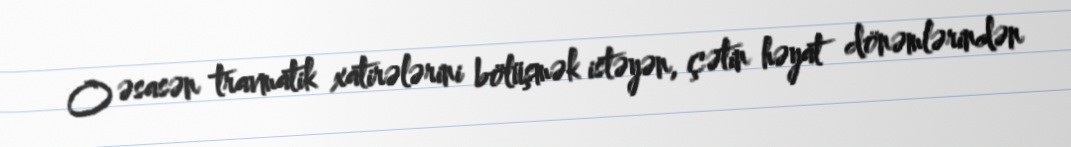
O əsasən travmatik xatirələrini bölüşmək istəyən, çətin həyat dönəmlərindən